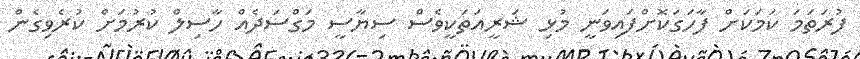
ފުރަތަމަ ކަމަކަށް ފާހަގަކޮށްފައިވަނީ މުޅި ޝަރީއަތަކީވެސް ސިޔާސީ މަގްސަދެއް ހާސިލް ކުރުމަށް ކުރެވިގެން